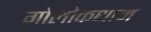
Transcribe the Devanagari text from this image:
गोलोकधाम